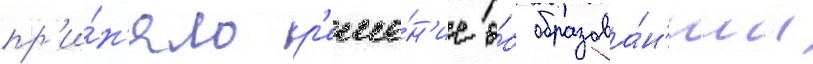
пр'и́н'яло р'еше́н'ие о́б образова́н'ии